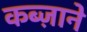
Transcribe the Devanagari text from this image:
कब्ज़ाने